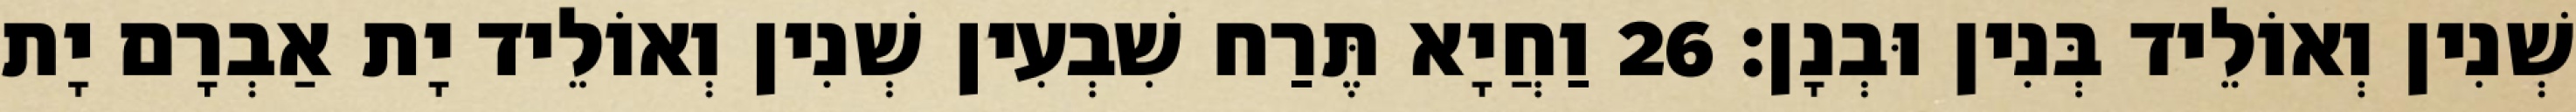
שְׁנִין וְאוֹלֵיד בְּנִין וּבְנָן׃ 26 וַחֲיָא תֶּרַח שִׁבְעִין שְׁנִין וְאוֹלֵיד יָת אַבְרָם יָת